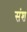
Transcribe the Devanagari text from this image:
संश